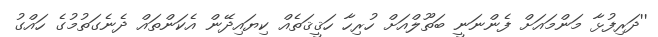
''ދަރިފުޅާ މަންމައަށް ފެންނަނީ ބަތޫލްއަށް ހުރިހާ ހަޤީޤަތެއް ކިޔައިދޭން އެކަންތައް ދެނެގަތުމުގެ ހައްގު